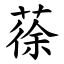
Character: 蒣